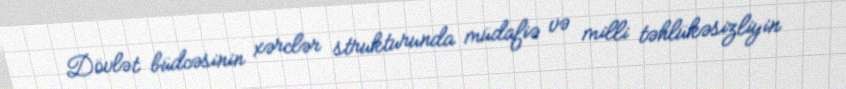
Dövlət büdcəsinin xərclər strukturunda müdafiə və milli təhlükəsizliyin